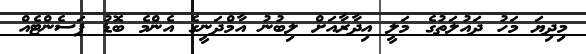
މިދިޔަ މަހު ދައުލަތުގެ މަލީ އިދާރާއަށް ލިބުނު އާމްދަނީގެ އެންމެ ބޮޑު ޕަސެންޓެއް